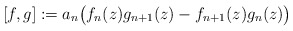
\begin{align*}[f,g]:=a_n\bigl(f_n(z)g_{n+1}(z)-f_{n+1}(z)g_n(z)\bigr)\end{align*}